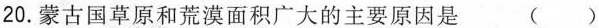
20.蒙古国草原和荒漠面积广大的主要原因是 ( )